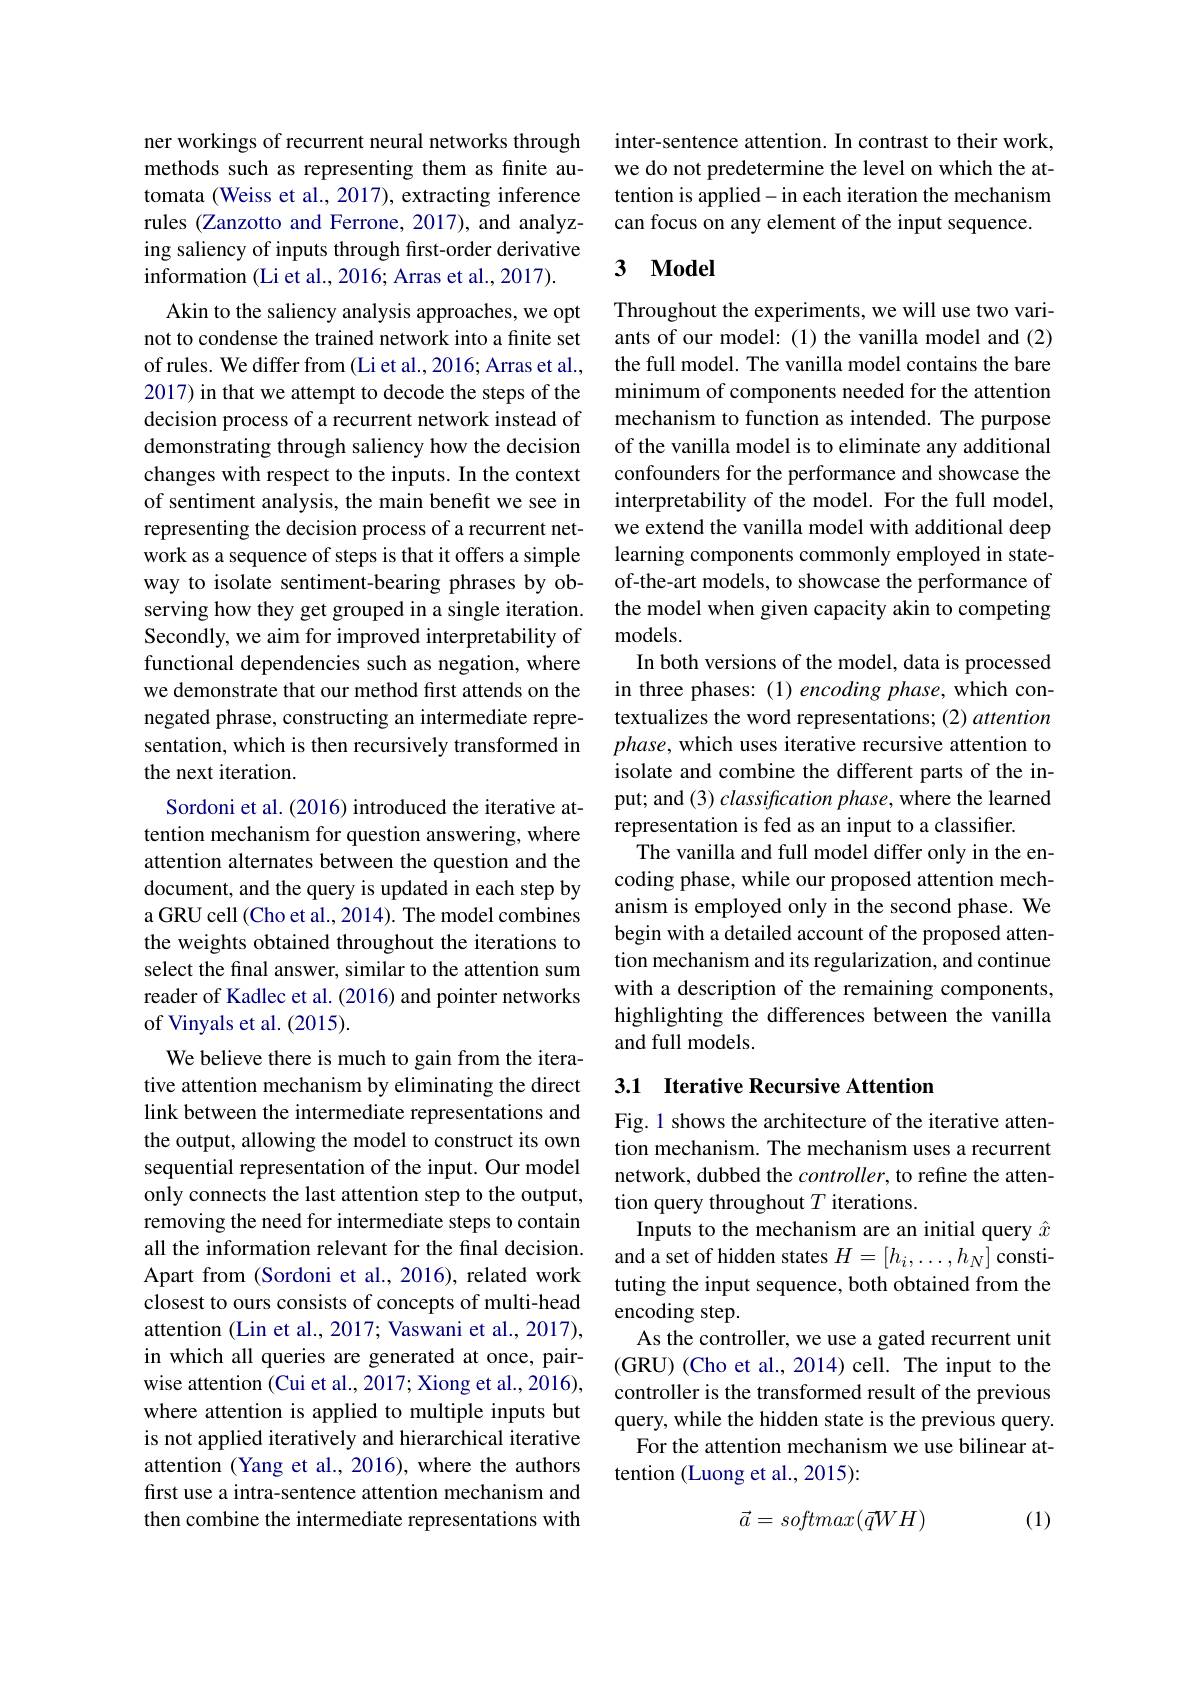
ner workings of recurrent neural networks through methods such as representing them as finite automata (Weiss et al., 2017), extracting inference rules (Zanzotto and Ferrone, 2017), and analyzing saliency of inputs through first-order derivative information (Li et al., 2016; Arras et al., 2017).
Akin to the saliency analysis approaches, we opt not to condense the trained network into a finite set of rules. We differ from (Li et al., 2016; Arras et al., 2017) in that we attempt to decode the steps of the decision process of a recurrent network instead of demonstrating through saliency how the decision changes with respect to the inputs. In the context of sentiment analysis, the main benefit we see in representing the decision process of a recurrent network as a sequence of steps is that it offers a simple way to isolate sentiment-bearing phrases by observing how they get grouped in a single iteration. Secondly, we aim for improved interpretability of functional dependencies such as negation, where we demonstrate that our method first attends on the negated phrase, constructing an intermediate representation, which is then recursively transformed in the next iteration.
Sordoni et al. (2016) introduced the iterative attention mechanism for question answering, where attention alternates between the question and the document, and the query is updated in each step by a GRU cell (Cho et al., 2014). The model combines the weights obtained throughout the iterations to select the final answer, similar to the attention sum reader of Kadlec et al. (2016) and pointer networks of Vinyals et al. (2015).
We believe there is much to gain from the iterative attention mechanism by eliminating the direct link between the intermediate representations and the output, allowing the model to construct its own sequential representation of the input. Our model only connects the last attention step to the output, removing the need for intermediate steps to contain all the information relevant for the final decision. Apart from (Sordoni et al., 2016), related work closest to ours consists of concepts of multi-head attention (Lin et al., 2017; Vaswani et al., 2017), in which all queries are generated at once, pairwise attention (Cui et al., 2017; Xiong et al., 2016), where attention is applied to multiple inputs but is not applied iteratively and hierarchical iterative attention (Yang et al., 2016), where the authors first use a intra-sentence attention mechanism and then combine the intermediate representations with

inter-sentence attention. In contrast to their work, we do not predetermine the level on which the attention is applied- in each iteration the mechanism can focus on any element of the input sequence.

## 3 $\mathbf{Model}$

Throughout the experiments, we will use two variants of our model: (1) the vanilla model and (2) the full model. The vanilla model contains the bare minimum of components needed for the attention mechanism to function as intended. The purpose of the vanilla model is to eliminate any additional confounders for the performance and showcase the interpretability of the model. For the full model, we extend the vanilla model with additional deep learning components commonly employed in stateof-the-art models, to showcase the performance of the model when given capacity akin to competing models.
In both versions of the model, data is processed in three phases: (1) encoding phase, which contextualizes the word representations; (2) attention phase, which uses iterative recursive attention to isolate and combine the different parts of the input; and (3) classification phase, where the learned representation is fed as an input to a classifier.
The vanilla and full model differ only in the encoding phase, while our proposed attention mechanism is employed only in the second phase. We begin with a detailed account of the proposed attention mechanism and its regularization, and continue with a description of the remaining components, highlighting the differences between the vanilla and full models.

## 3.1 Iterative Recursive Attention

Fig. 1 shows the architecture of the iterative attention mechanism. The mechanism uses a recurrent network, dubbed the $controller$, to refine the attention query throughout $T$ iterations.
Inputs to the mechanism are an initial query $\hat{x}$ and a set of hidden states $H=[h_i,\ldots,h_N]$ constituting the input sequence, both obtained from the encoding step.
As the controller, we use a gated recurrent unit (GRU) (Cho et al., 2014) cell. The input to the controller is the transformed result of the previous query, while the hidden state is the previous query.
For the attention mechanism we use bilinear at-
tention (Luong et al., 2015):

(1)
$$\vec{a}=softmax(\vec{q}WH)$$